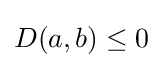
D(a,b)\leq 0